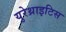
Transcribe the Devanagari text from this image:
युरेथ्राइटिस